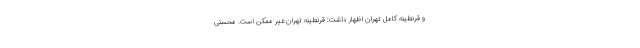
و قرنطینه کامل تهران اظهار داشت: قرنطینه تهران غیر ممکن است. محسنی